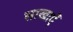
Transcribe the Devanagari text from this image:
साखाएँ